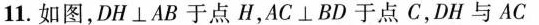
11.如图，DH \perp AB于点H，AC \perp BD于点C，DH与AC